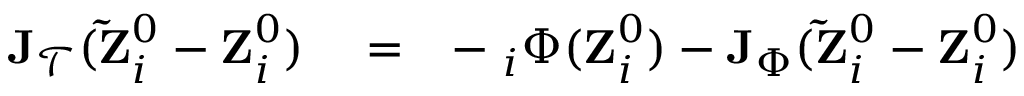
\begin{array} { r l r } { { \bf J } _ { \mathcal { T } } ( { \bf \tilde { Z } } _ { i } ^ { 0 } - { \bf Z } _ { i } ^ { 0 } ) } & { { } = } & { - { \bf \nabla } _ { i } \Phi ( { \bf Z } _ { i } ^ { 0 } ) - { \bf J } _ { \Phi } ( { \bf \tilde { Z } } _ { i } ^ { 0 } - { \bf Z } _ { i } ^ { 0 } ) } \end{array}